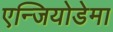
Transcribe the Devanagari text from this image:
एन्जियोडेमा